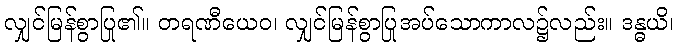
လျှင်မြန်စွာပြု၏။ တရဏီယေဝ၊ လျှင်မြန်စွာပြုအပ်သောကာလ၌လည်း။ ဒန္ဓယိ၊